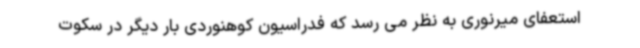
استعفای میرنوری به نظر می رسد که فدراسیون کوهنوردی بار دیگر در سکوت